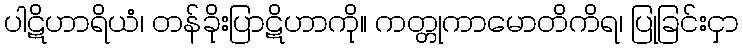
ပါဋိဟာရိယံ၊ တန်ခိုးပြာဋိဟာကို။ ကတ္တုကာမောတိကိရ၊ ပြုခြင်းငှာ